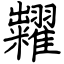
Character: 糶